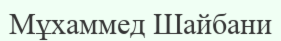
Мұхаммед Шайбани